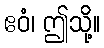
ဧဝံ၊ ဤသို့။